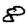
Digit: 8